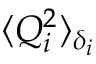
\langle Q _ { i } ^ { 2 } \rangle _ { \delta _ { i } }